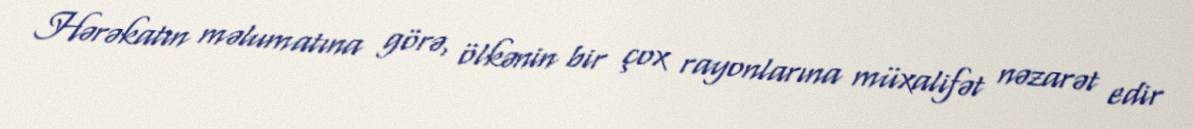
Hərəkatın məlumatına görə, ölkənin bir çox rayonlarına müxalifət nəzarət edir